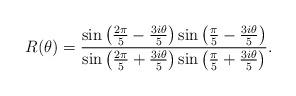
LaTeX: \begin{align*}R(\theta) = \frac{\sin \left( \frac{2 \pi}{5} - \frac{3 i \theta}{5} \right)\sin \left( \frac{\pi}{5} - \frac{3 i \theta}{5} \right)}{\sin \left( \frac{2 \pi}{5} + \frac{3 i \theta}{5} \right) \sin \left( \frac{\pi}{5} +\frac{3 i \theta}{5} \right)} .\end{align*}